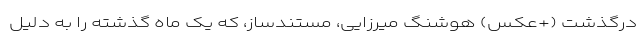
درگذشت (+عکس) هوشنگ میرزایی، مستندساز، که یک ماه گذشته را به دلیل